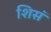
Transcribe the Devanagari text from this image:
शिसं